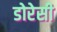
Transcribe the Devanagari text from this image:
डोरेसी